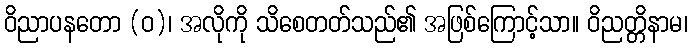
ဝိညာပနတော (ဝ)၊ အလိုကို သိစေတတ်သည်၏ အဖြစ်ကြောင့်သာ။ ဝိညတ္တိနာမ၊